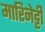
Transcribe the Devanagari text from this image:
मारिनेट्टी